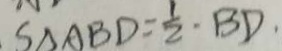
S _ { \Delta A B D } = \frac { 1 } { 2 } \cdot B D ,